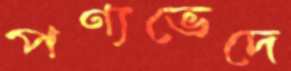
পণ্যভেদে